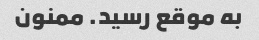
به موقع رسید. ممنون